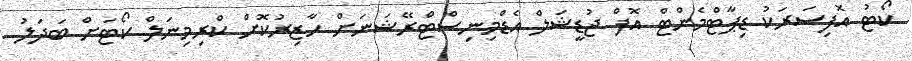
ކޯޓު އޮފިސަރަކު ޑިޕާޓްމެންޓް އޮފް ޖުޑީޝަލް އެޑްމިނިސްޓްރޭޝަނަށް ހާޒިރުކޮށް ކްރިމިނަލް ކޯޓަށް ބަދަލު